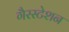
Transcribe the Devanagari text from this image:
गैरस्टेशन